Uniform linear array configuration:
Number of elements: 32
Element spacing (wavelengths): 0.5
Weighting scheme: hann
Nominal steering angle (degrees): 60
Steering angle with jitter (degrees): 61.61
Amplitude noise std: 0.05
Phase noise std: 0.05

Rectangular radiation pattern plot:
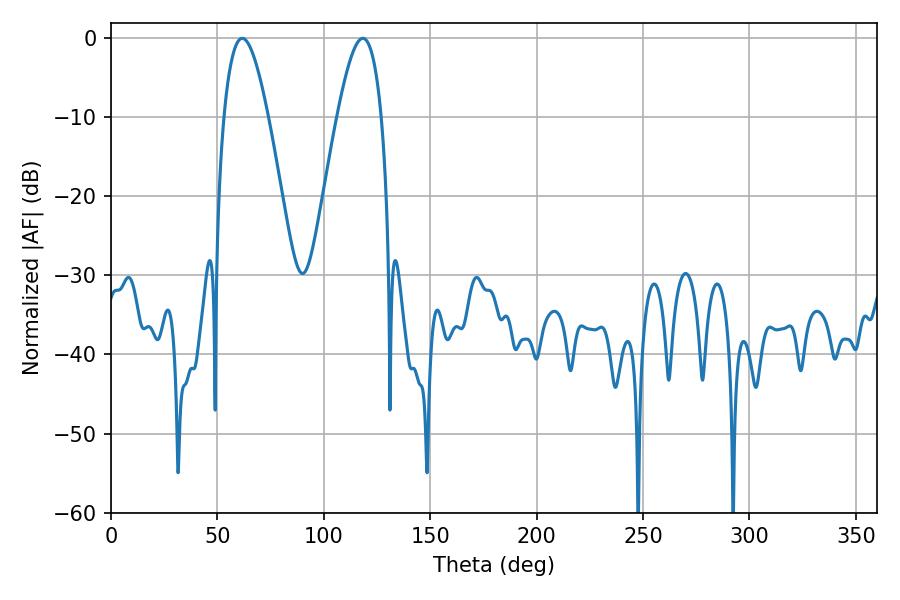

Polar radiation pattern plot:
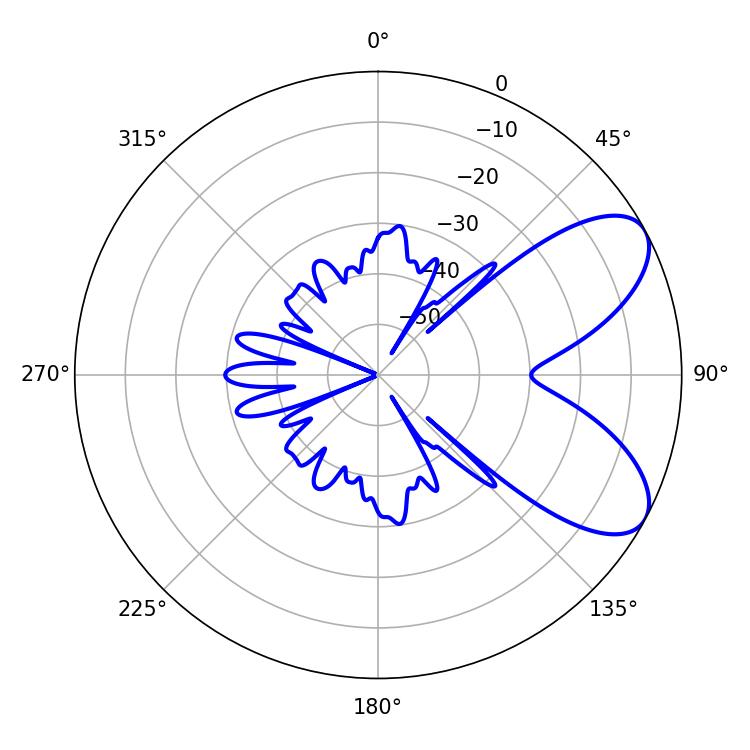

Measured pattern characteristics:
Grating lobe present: FALSE
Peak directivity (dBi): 7.232
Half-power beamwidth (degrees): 11.34
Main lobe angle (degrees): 61.74